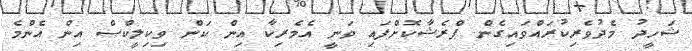
ޝަހީދު މެދުވެރިކުރައްވައިގެން ޕްރެޝާކޮށްފައި ވަނީ އެމެރިކާ އިން ކަން ވިކިލީކްސް އިން އެންމެ